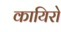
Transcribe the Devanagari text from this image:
कायिरो